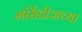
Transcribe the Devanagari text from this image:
मर्सिडीजच्या